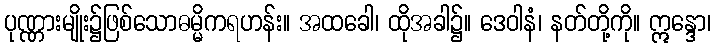
ပုဏ္ဏားမျိုး၌ဖြစ်သောဓမ္မိကရဟန်း။ အထခေါ၊ ထိုအခါ၌။ ဒေဝါနံ၊ နတ်တို့ကို။ ဣန္ဒော၊